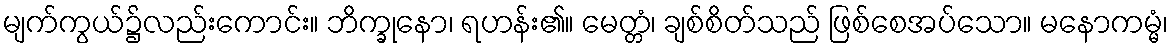
မျက်ကွယ်၌လည်းကောင်း။ ဘိက္ခုနော၊ ရဟန်း၏။ မေတ္တံ၊ ချစ်စိတ်သည် ဖြစ်စေအပ်သော။ မနောကမ္မံ၊